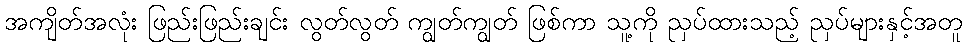
အကျိတ်အလုံး ဖြည်းဖြည်းချင်း လွတ်လွတ် ကျွတ်ကျွတ် ဖြစ်ကာ သူ့ကို ညှပ်ထားသည့် ညှပ်များနှင့်အတူ